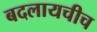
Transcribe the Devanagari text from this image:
बदलायचीच